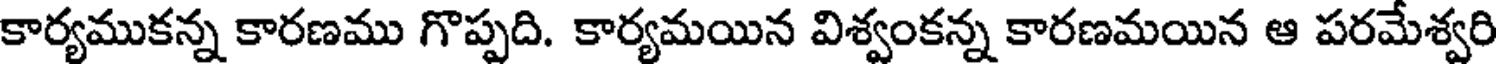
కార్యముకన్న కారణము గొప్పది. కార్యమయిన విశ్వంకన్న కారణమయిన ఆ పరమేశ్వరి